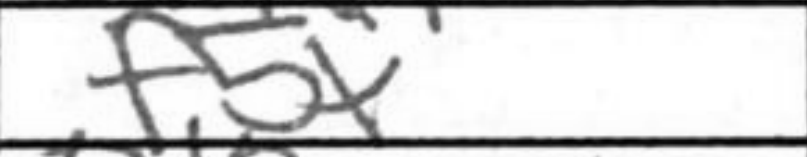
Transcription: f5+